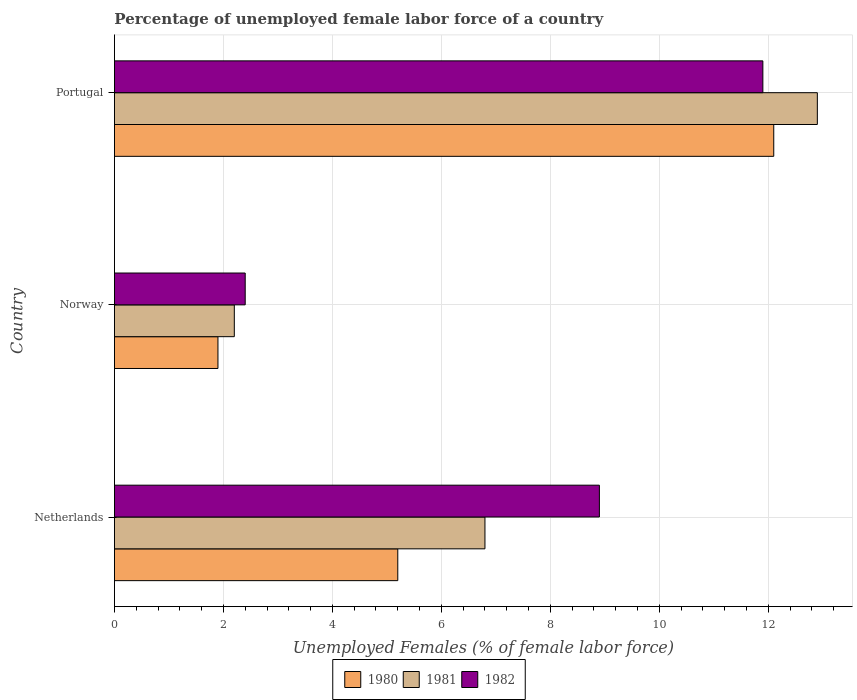
| Country | 1980 | 1981 | 1982 |
 | --- | --- | --- | --- |
 | Netherlands | 5.2 | 6.8 | 8.9 |
 | Norway | 1.9 | 2.2 | 2.4 |
 | Portugal | 12.1 | 12.9 | 11.9 |